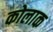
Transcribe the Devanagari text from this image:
कोलाक